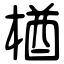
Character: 楢